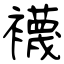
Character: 襪